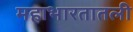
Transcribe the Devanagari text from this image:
महाभारतातली